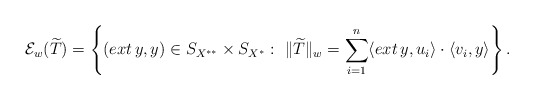
\begin{align*}\mathcal{E}_w(\widetilde{T})=\left\{(ext \, y,y) \in S_{X^{**}}\times S_{X^*} : \ \|\widetilde{T}\|_w=\sum_{i=1}^n\langle ext \, y,u_i\rangle \cdot \langle v_i,y\rangle\right\}.\end{align*}